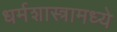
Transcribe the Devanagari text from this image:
धर्मशास्त्रामध्ये